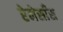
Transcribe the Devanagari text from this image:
रेनेसाँस